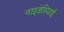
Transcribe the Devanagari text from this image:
नाइडेरियाई